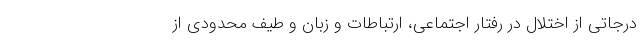
درجاتی از اختلال در رفتار اجتماعی، ارتباطات و زبان و طیف محدودی از